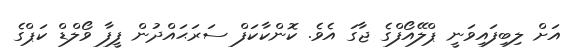
އަށް ލިބިފައިވަނީ ޕްލޭއޯފްގެ ޖާގަ އެވެ. ކޮންކާކަފް ސަރަޙައްދުން ފީފާ ވޯލްޑް ކަޕްގެ